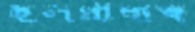
হলপ্রাধ্যক্ষ